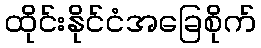
ထိုင်းနိုင်ငံအခြေစိုက်